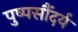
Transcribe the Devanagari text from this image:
पुष्पसौंदर्य